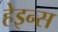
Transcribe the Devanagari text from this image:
हेइन्स